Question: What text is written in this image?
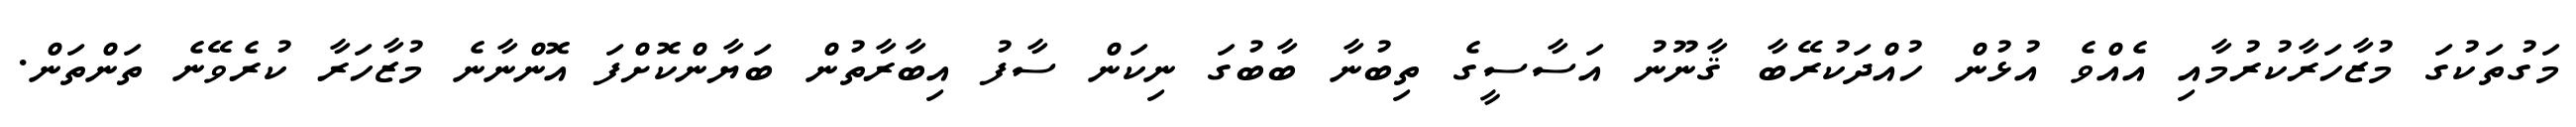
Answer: މަގުތަކުގަ މުޒާހަރާކުރުމާއި އެއްވެ އުޅުން ހުއްދަކުރޭބާ ޤާނޫނު އަސާސީގެ ތިބުނާ ބާބުގަ ނިކަން ސާފު އިބާރާތުން ބަޔާންކޮށްފަ އޮންނާނެ މުޒާހަރާ ކުރެވޭނެ ތަންތަން.